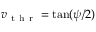
v _ { \mathrm { ~ t ~ h ~ r ~ } } = \tan ( \psi / 2 )